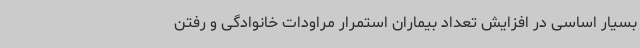
بسیار اساسی در افزایش تعداد بیماران استمرار مراودات خانوادگی و رفتن